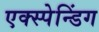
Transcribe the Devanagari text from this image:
एक्स्पेन्डिंग